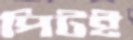
পিটই